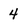
Character: 4